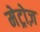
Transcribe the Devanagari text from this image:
मेट्रोज़